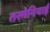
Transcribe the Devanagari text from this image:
तस्मेनियाई